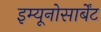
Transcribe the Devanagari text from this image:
इम्यूनोसार्बेंट